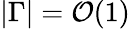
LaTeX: |\Gamma|=\mathcal{O}(1)